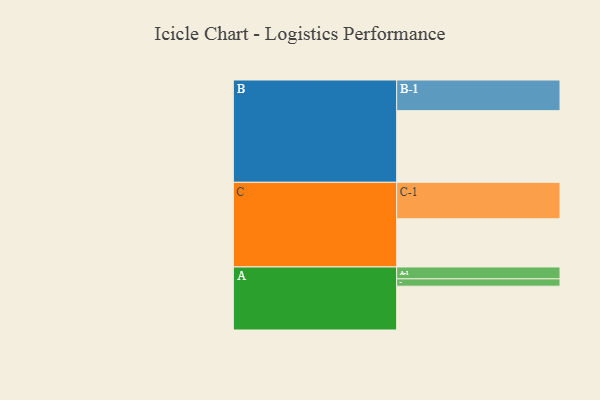
{"axis": {"x": "Segment", "y": "Value"}, "legend": ["", "A", "B", "C"], "data": [{"x": "A", "y": 310, "type": ""}, {"x": "B", "y": 507, "type": ""}, {"x": "C", "y": 341, "type": ""}, {"x": "A-1", "y": 84, "type": "A"}, {"x": "A-2", "y": 52, "type": "A"}, {"x": "B-1", "y": 217, "type": "B"}, {"x": "C-1", "y": 258, "type": "C"}]}